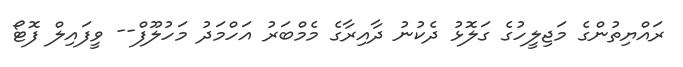
ރައްޔިތުންގެ މަޖިލީހުގެ ގަލޮޅު ދެކުނު ދާއިރާގެ މެމްބަރު އަހްމަދު މަހުލޫފް-- ވީފައިލް ފޮޓޯ